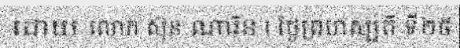
ដោយ លោក ស៊ុន ណារិន | ថ្ងៃព្រហស្បតិ៍ ទី២៥